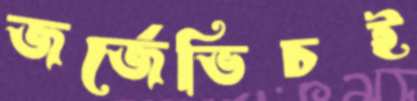
জর্জেভিচই